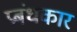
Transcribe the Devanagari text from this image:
प्रबंधकार